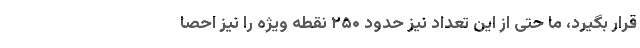
قرار بگیرد، ما حتی از این تعداد نیز حدود ۲۵۰ نقطه ویژه را نیز احصا